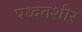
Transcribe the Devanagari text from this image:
पध्दतशीर